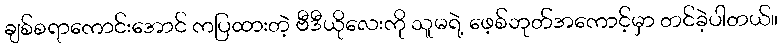
ချစ်စရာကောင်းအောင် ကပြထားတဲ့ ဗီဒီယိုလေးကို သူမရဲ့ ဖေ့စ်ဘုတ်အကောင့်မှာ တင်ခဲ့ပါတယ်။